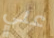
علي